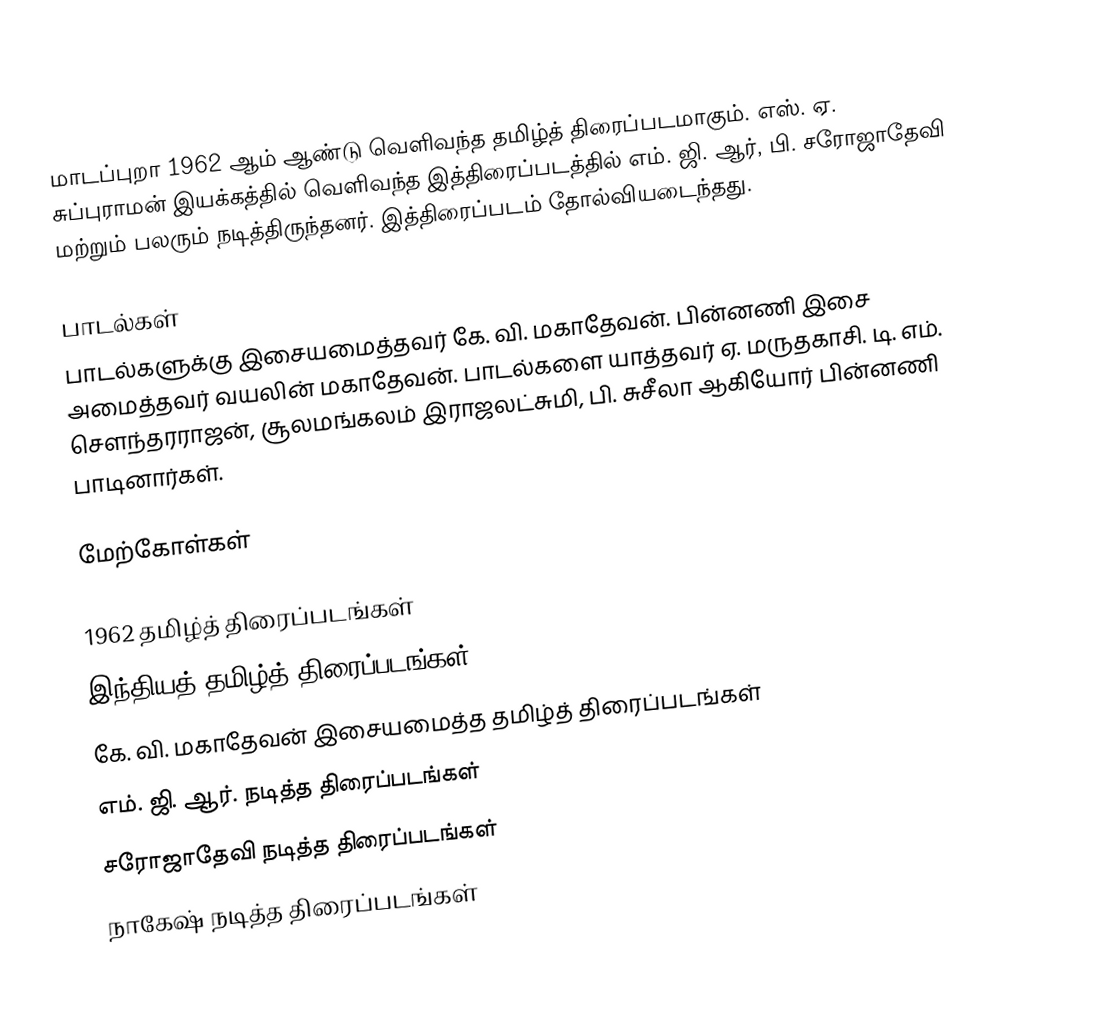
மாடப்புறா 1962 ஆம் ஆண்டு வெளிவந்த தமிழ்த் திரைப்படமாகும். எஸ். ஏ. சுப்புராமன் இயக்கத்தில் வெளிவந்த இத்திரைப்படத்தில் எம். ஜி. ஆர், பி. சரோஜாதேவி மற்றும் பலரும் நடித்திருந்தனர். இத்திரைப்படம் தோல்வியடைந்தது.

பாடல்கள்
பாடல்களுக்கு இசையமைத்தவர் கே. வி. மகாதேவன். பின்னணி இசை அமைத்தவர் வயலின் மகாதேவன். பாடல்களை யாத்தவர் ஏ. மருதகாசி. டி. எம். சௌந்தரராஜன், சூலமங்கலம் இராஜலட்சுமி, பி. சுசீலா ஆகியோர் பின்னணி பாடினார்கள்.

மேற்கோள்கள்

1962 தமிழ்த் திரைப்படங்கள்
இந்தியத் தமிழ்த் திரைப்படங்கள்
கே. வி. மகாதேவன் இசையமைத்த தமிழ்த் திரைப்படங்கள்
எம். ஜி. ஆர். நடித்த திரைப்படங்கள்
சரோஜாதேவி நடித்த திரைப்படங்கள்
நாகேஷ் நடித்த திரைப்படங்கள்